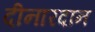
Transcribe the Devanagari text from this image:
दीनारदान